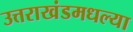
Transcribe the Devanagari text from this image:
उत्तराखंडमधल्या